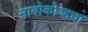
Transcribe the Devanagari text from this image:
नाबोकोव्हचा